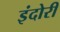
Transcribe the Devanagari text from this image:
इंदोरी